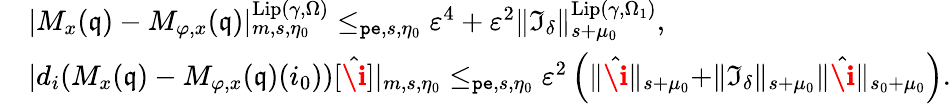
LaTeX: \begin{array}{rl}&{|M_{x}(\mathfrak{q})-M_{\varphi,x}(\mathfrak{q})|_{m,s,\eta_{0}}^{\mathrm{Lip}(\gamma,\Omega)}\le_{\mathtt{pe},s,\eta_{0}}\varepsilon^{4}+\varepsilon^{2}\rVert\mathfrak{I}_{\delta}\rVert_{s+\mu_{0}}^{\mathrm{Lip}(\gamma,\Omega_{1})},}\\ &{|d_{i}(M_{x}(\mathfrak{q})-M_{\varphi,x}(\mathfrak{q})(i_{0}))[\hat{\textbf{\i}}]|_{m,s,\eta_{0}}\le_{\mathtt{pe},s,\eta_{0}}\varepsilon^{2}\left(\rVert\hat{\textbf{\i}}\rVert_{s+\mu_{0}}+\rVert\mathfrak{I}_{\delta}\rVert_{s+\mu_{0}}\rVert\hat{\textbf{\i}}\rVert_{s_{0}+\mu_{0}}\right).}\end{array}